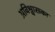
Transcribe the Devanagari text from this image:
अविश्वासका